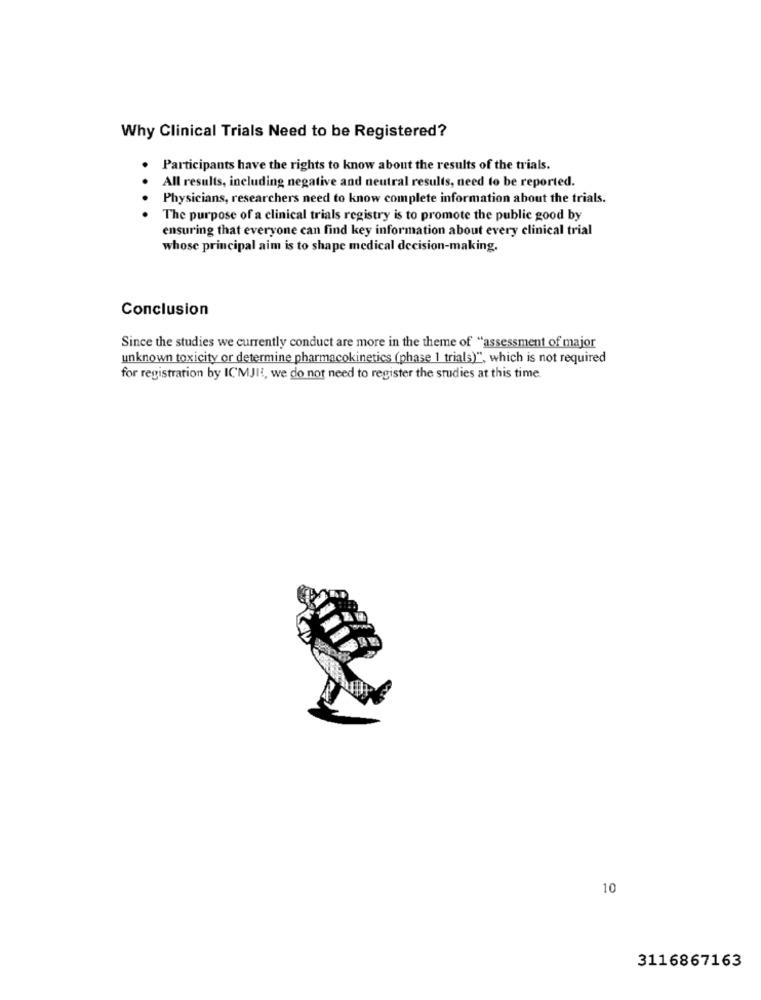
Why Clinical Trials Need to be Registered?
Participants have the rights to know about the results of the trials.
All results, including negative and neutral results, need to be reported.
. .
Physicians, researchers need to know complete information about the trials.
The purpose of a clinical trials registry is to promote the public good by
ensuring that everyone can find key information about every clinical trial
whose principal aim is to shape medical decision-making.
Conclusion
Since the studies we currently conduct are more in the theme of "assessment of major
unknown toxicity or determine pharmacokinetics (phase 1 trials)", which is not required
for registration by ICMJI, we do not need to register the studies at this time
10
3116867163